Annual administration report of the Civil Veterinary Department of India - 1906-1907
Year: 1906
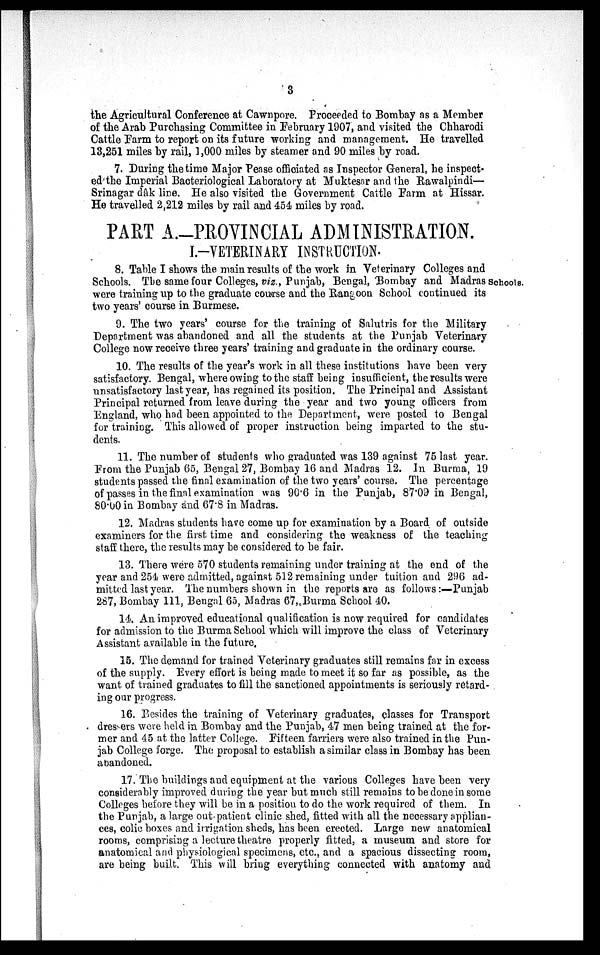
3
the Agricultural Conference at Cawnpore. Proceeded to Bombay as a Member
of the Arab Purchasing Committee in February 1907, and visited the Chharodi
Cattle Farm to report on its future working and management. He travelled
13,251 miles by rail, 1,000 miles by steamer and 90 miles by road.
7. During the time Major Pease officiated as Inspector General, he inspect¬
ed the Imperial Bacteriological Laboratory at Muktesar and the Rawalpindi—
Srinagar dâk line. He also visited the Government Cattle Farm at Hissar.
He travelled 2,212 miles by rail and 454 miles by road.
PART A.-PROVINCIAL ADMINISTRATION.
I.-VETERINARY INSTRUCTION.
School
8. Table I shows the main results of the work in Veterinary Colleges and
Schools. The same four Colleges, viz., Punjab, Bengal, Bombay and Madras
were training up to the graduate course and the Rangoon School continued its
two years' course in Burmese.
9. The two years' course for the training of Salutris for the Military
Department was abandoned and all the students at the Punjab Veterinary
College now receive three years' training and graduate in the ordinary course.
10. The results of the year's work in all these institutions have been very
satisfactory. Bengal, where owing to the staff being insufficient, the results were
unsatisfactory last year, has regained its position. The Principal and Assistant
Principal returned from leave during the year and two young officers from
England, who had been appointed to the Department, were posted to Bengal
for training. This allowed of proper instruction being imparted to the stu-
dents.
11. The number of students who graduated was 139 against 75 last year.
From the Punjab 65, Bengal 27, Bombay 16 and Madras 12. In Burma, 19
students passed the final examination of the two years' course. The percentage
of passes in the final examination was 90.6 in the Punjab, 87.09 in Bengal,
80.00 in Bombay and 67.8 in Madras.
12. Madras students have come up for examination by a Board of outside
examiners for the first time and considering the weakness of the teaching
staff there, the results may be considered to be fair.
13. There were 570 students remaining under training at the end of the
year and 254 were admitted, against 512 remaining under tuition and 296 ad-
mitted last year. The numbers shown in the reports are as follows:—Punjab
287, Bombay 111, Bengal 65, Madras 67, Burma School 40.
14. An improved educational qualification is now required for candidates
for admission to the Burma School which will improve the class of Veterinary
Assistant available in the future.
15. The demand for trained Veterinary graduates still remains far in excess
of the supply. Every effort is being made to meet it so far as possible, as the
want of trained graduates to fill the sanctioned appointments is seriously retard-
ing our progress.
16. Besides the training of Veterinary graduates, classes for Transport
dressers were held in Bombay and the Punjab, 47 men being trained at the for-
mer and 45 at the latter College. Fifteen farriers were also trained in the Pun-
jab College forge. The proposal to establish a similar class in Bombay has been
abandoned.
17. The buildings and equipment at the various Colleges have been very
considerably improved during the year but much still remains to be done in some
Colleges before they will be in a position to do the work required of them. In
the Punjab, a large out-patient clinic shed, fitted with all the necessary applian-
ces, colic boxes and irrigation sheds, has been erected. Large new anatomical
rooms, comprising a lecture theatre properly fitted, a museum and store for
anatomical and physiological specimens, etc., and a spacious dissecting room,
are being built. This will bring everything connected with anatomy and